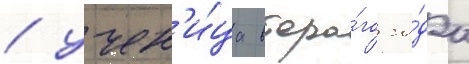
/ учен'и́ца второ́го го́да